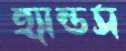
হ্যান্ডস